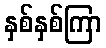
နှစ်နှစ်ကြာ